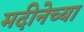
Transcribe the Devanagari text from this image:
मदीनेच्या